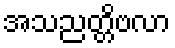
အသညတ္တိဗလာ